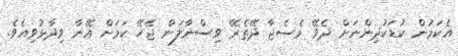
އެކަމުން ކުޑަކުދިންނަށް ދެވޭ މެސެޖާ ދޭތެރޭ ވިސްނާލަން ޖެހޭ ކަމަށް އޭނާ ވިދާޅުވިއެވެ.